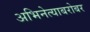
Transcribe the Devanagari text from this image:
अभिनेत्याबरोबर